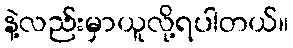
နဲ့လည်းမှာယူလို့ရပါတယ်။